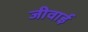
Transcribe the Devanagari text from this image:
जीवाई